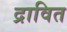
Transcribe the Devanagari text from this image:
द्रावित